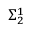
\Sigma _ { 2 } ^ { 1 }